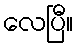
လေပြီ။